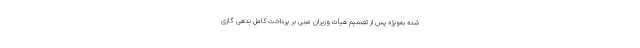
شده به‌ویژه پس از تصمیم هیأت وزیران مبنی بر پرداخت کامل بدهی گازی